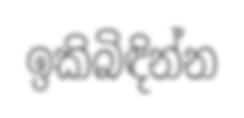
ඉකිබිඳින්න